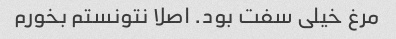
مرغ خیلی سفت بود. اصلا نتونستم بخورم